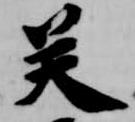
癸